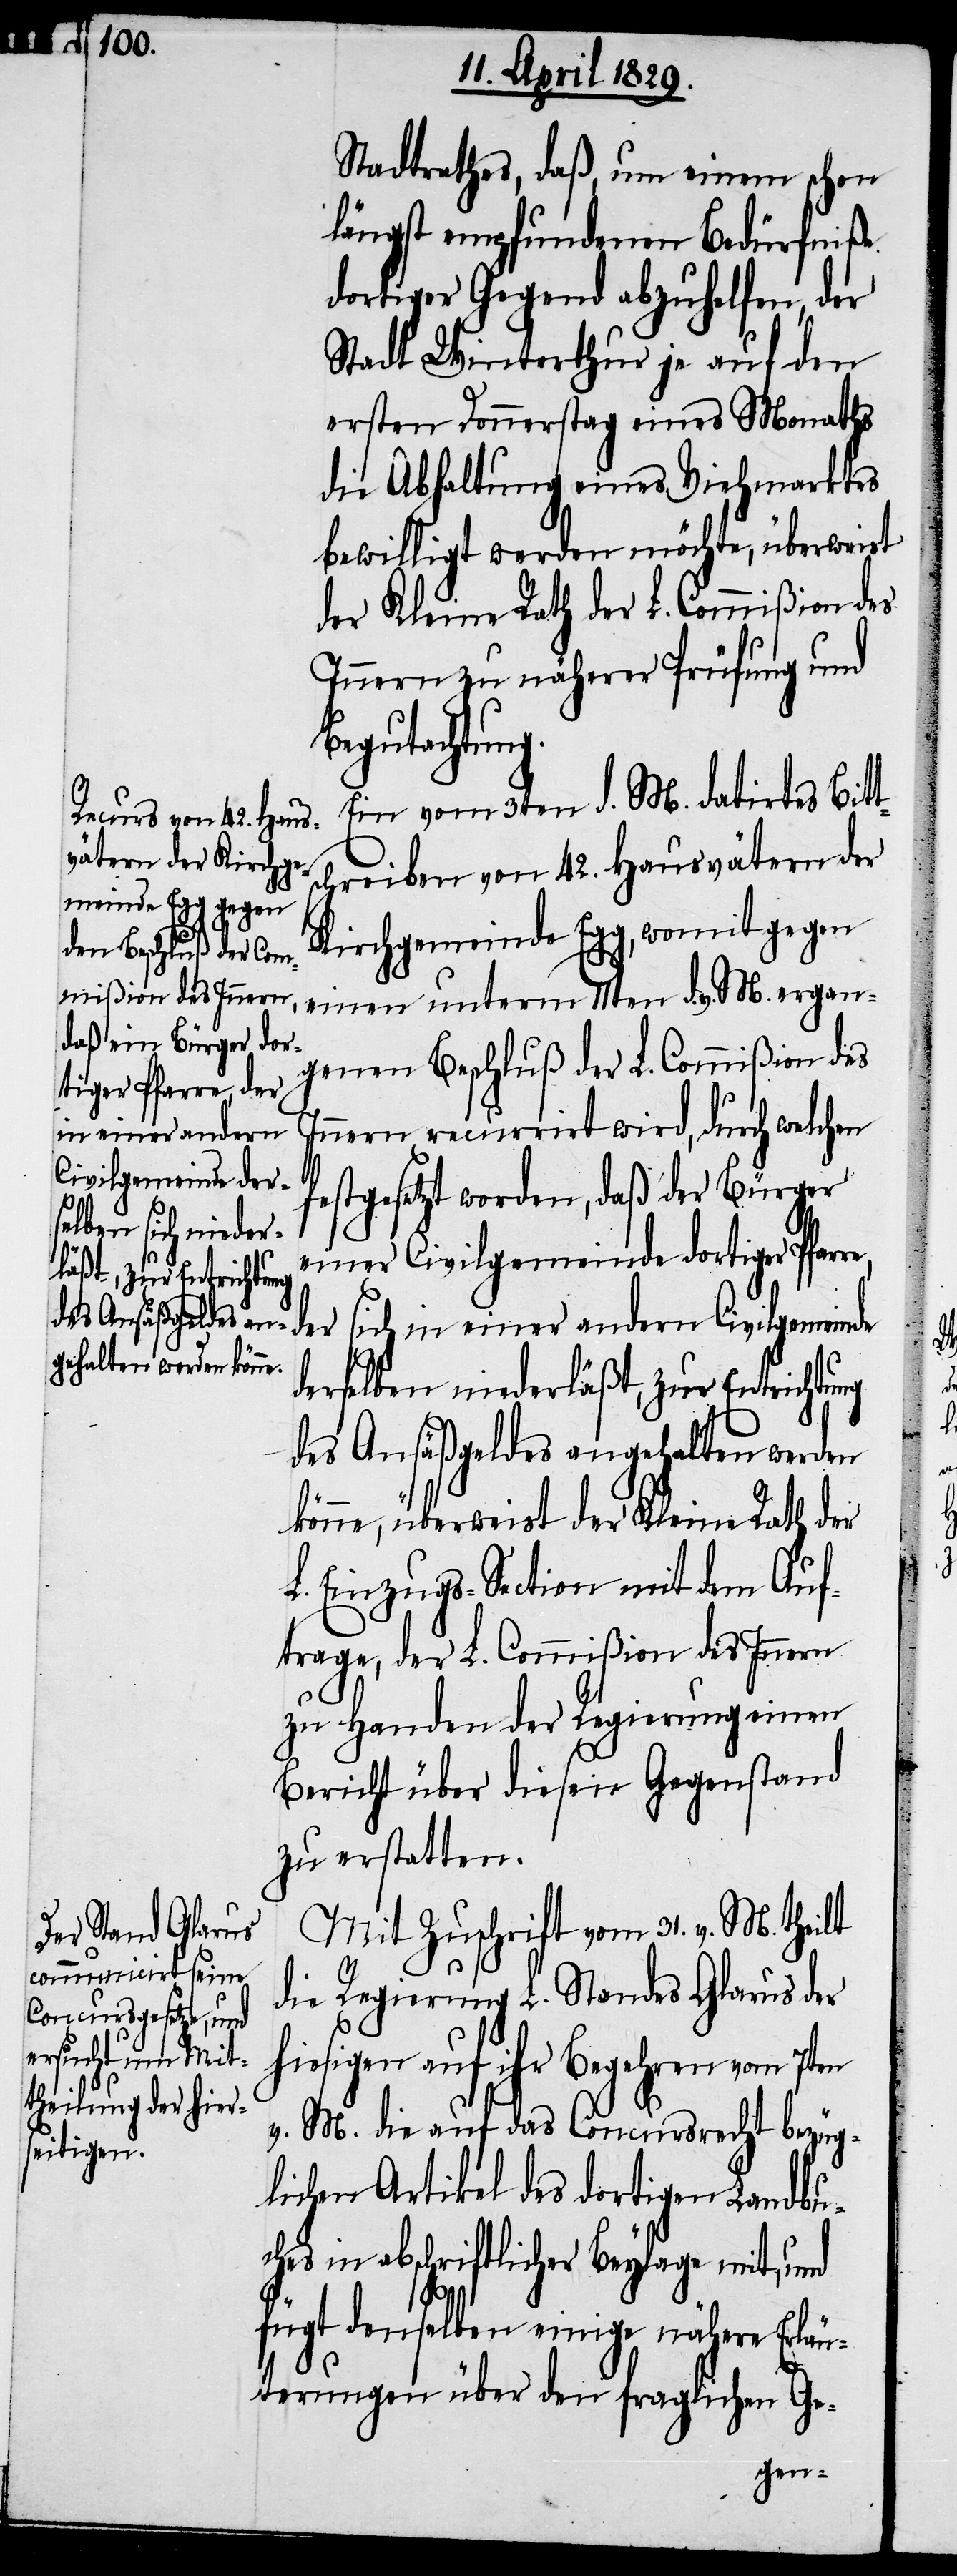
Stadtrathes, daß, um einen schon
längst empfundenen Bedürfniße
dortiger Gegend abzuhelfen, der
Stadt Winterthur je auf den
ersten Donnerstag eines Monaths
die Abhaltung eines Viehmarktes
bewilligt werden möchte, überweist
der Kleine Rath der L. Commißion des
Innern zu näherer Prüfung und
Begutachtung.
ein vom 3ten d. M. datirtes Bitt¬
schreiben von 42. Hausvätern der
Kirchgemeinde Egg, womit gegen
einen unterm 11ten d. v. M. ergan¬
genen Beschluß der L. Commißion des
tiger Pfarre, der
Innern recurrirt wird, durch welchen
in einer andern
Civilgemeinde
festgesetzt worden, daß der Bürger
einer Civilgemeinde dor¬
derselben niederläßt, zur Entrichtung
des Ansäßgeldes angehalten werden
könne, überweist der Kleine Rath der
L. Einzugs-Section mit dem Auf¬
trage, der L. Commißion des Innern
zu Handen der Regierung einen
Bericht über diesen Gegenstand
zu erstatten.
Mit Zuschrift vom 31. v. M. theilt
die Regierung L. Standes Glarus der
hiesigen auf ihr Begehren vom 7ten
v. M. die auf das Concursrecht bezüg¬
lichen Artikel des dortigen Landbu¬
ches in abschriftlicher Beylage mit, und
fügt denselben einige nähere Erläu¬
terungen über den fraglichen Ge-